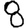
Digit: 8